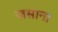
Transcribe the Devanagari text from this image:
जसाना